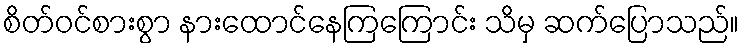
စိတ်ဝင်စားစွာ နားထောင်နေကြကြောင်း သိမှ ဆက်ပြောသည်။